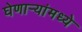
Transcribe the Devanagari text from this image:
घेणार्‍यांमध्ये